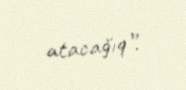
atacağıq”.